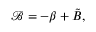
\mathcal { B } = - \beta + \tilde { B } ,